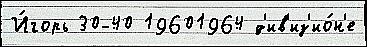
И́горь 30-40 19601964 д'ив'из'ио́н'е